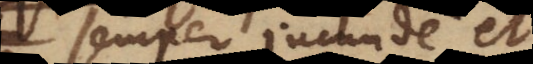
semper jucunde et